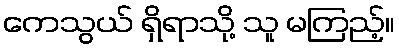
ကေသွယ် ရှိရာသို့ သူ မကြည့်။